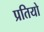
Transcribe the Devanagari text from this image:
प्रतियो